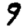
Digit: 9